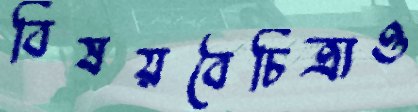
বিষয়বৈচিত্র্যও